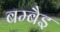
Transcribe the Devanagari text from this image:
बम्बैइ